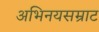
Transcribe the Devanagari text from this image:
अभिनयसम्राट